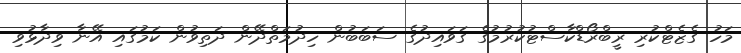
މަހު ގެޒެޓްކުރި ރީބްރޯޑްކާސްޓުކުރުމުގެ ގަވައިދުގެ ސަބަބުން ހިދުމަތްދޭން ދަތިވުން ކަމުގައި އޭނާ ވިދާޅުވި